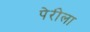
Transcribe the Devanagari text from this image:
पेरीला